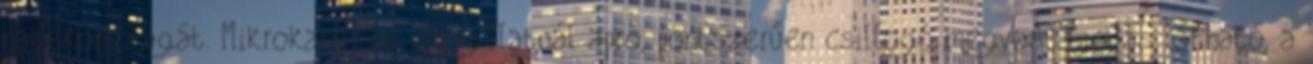
hatékonyságát. Mikrokamerás vizsgálatnál apró, pontszerűen csillogó megvastagodás látható, a